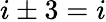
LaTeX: i\pm 3=i